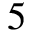
5